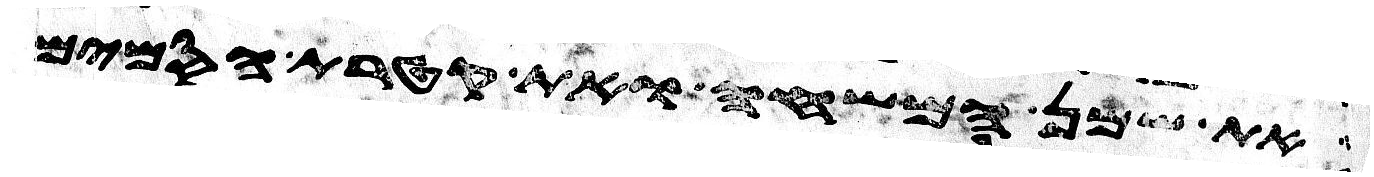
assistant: את שמן המשחה ואת קטרת הסמים